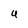
Character: 4